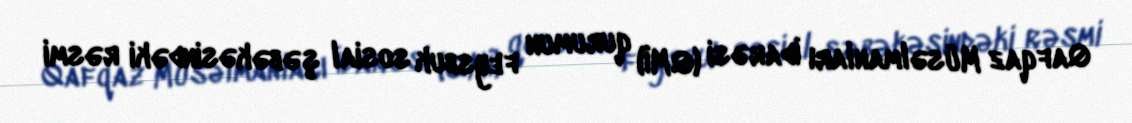
Qafqaz Müsəlmanları İdarəsi (QMİ) qurumun feysbuk sosial şəbəkəsindəki rəsmi